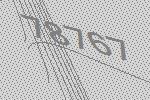
78767